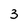
Character: 3